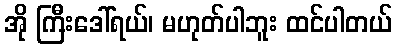
အို ကြီးဒေါ်ရယ်၊ မဟုတ်ပါဘူး ထင်ပါတယ်